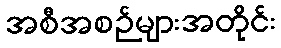
အစီအစဉ်များအတိုင်း